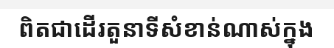
ពិតជាដើរតួនាទីសំខាន់ណាស់ក្នុង